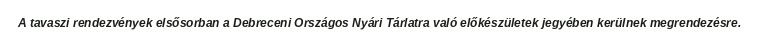
A tavaszi rendezvények elsősorban a Debreceni Országos Nyári Tárlatra való előkészületek jegyében kerülnek megrendezésre.